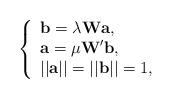
LaTeX: \begin{align*} \left\{\begin{array}{ll} \textbf{b}=\lambda \textbf{W}\textbf{a}, \\ \textbf{a}=\mu \textbf{W}'\textbf{b}, \\ ||\textbf{a}||=||\textbf{b}||=1,\end{array}\right.\end{align*}